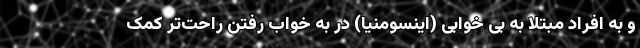
و به افراد مبتلا به بی خوابی (اینسومنیا) در به خواب رفتن راحت‌تر کمک